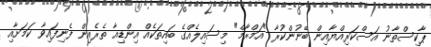
ޕާކިސްތާނު އަސްކަރިއްޔާއިން ބޭނުންކުރާ "އަމްރާމް" މިސައިލެއްގެ ބައިތަކެއް އިންޑިއާ ތެރެއިން ފެނިފައިވާ ކަމަށާއި